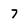
Character: 7